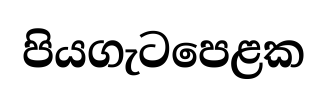
පියගැටපෙළක